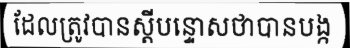
ដែលត្រូវបានស្តីបន្ទោសថាបានបង្ក